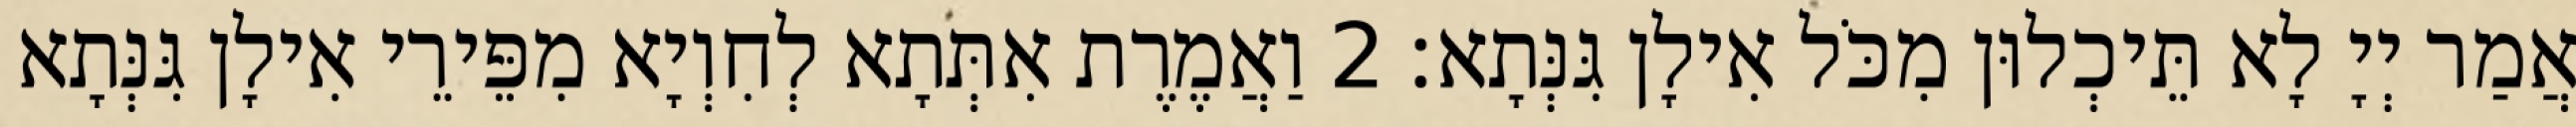
אֲמַר יְיָ לָא תֵּיכְלוּן מִכֹּל אִילָן גִּנְּתָא׃ 2 וַאֲמֶרֶת אִתְּתָא לְחִוְיָא מִפֵּירֵי אִילָן גִּנְּתָא